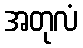
အတုလံ